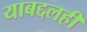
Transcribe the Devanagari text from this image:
याबद्दलही